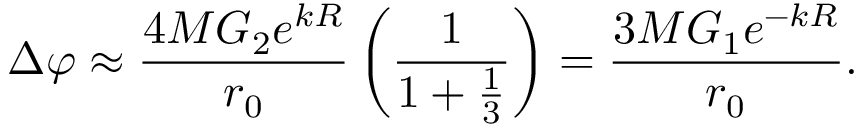
\Delta \varphi \approx \frac { 4 M G _ { 2 } e ^ { k R } } { r _ { 0 } } \left( \frac { 1 } { 1 + \frac { 1 } { 3 } } \right) = \frac { 3 M G _ { 1 } e ^ { - k R } } { r _ { 0 } } .